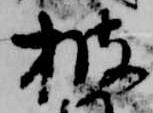
披